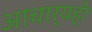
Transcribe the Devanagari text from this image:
आचार्यही